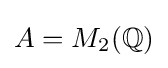
A=M_{2}(\mathbb {Q} )